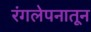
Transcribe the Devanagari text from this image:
रंगलेपनातून